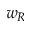
w _ { R }